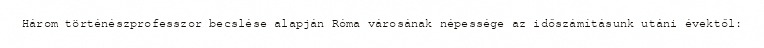
Három történészprofesszor becslése alapján Róma városának népessége az időszámításunk utáni évektőlː